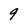
Character: 9